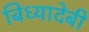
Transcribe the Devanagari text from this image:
बिध्यादेबी